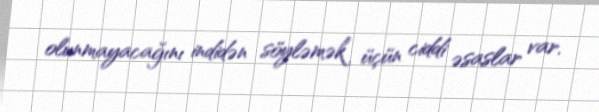
olunmayacağını indidən söyləmək üçün ciddi əsaslar var.